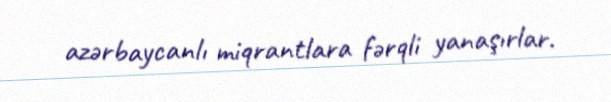
azərbaycanlı miqrantlara fərqli yanaşırlar.